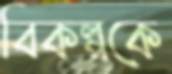
বিকল্পকে